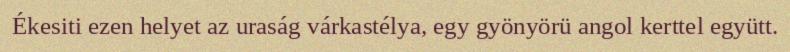
Ékesiti ezen helyet az uraság várkastélya, egy gyönyörü angol kerttel együtt.